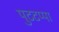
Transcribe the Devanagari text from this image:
पुटटप्पा